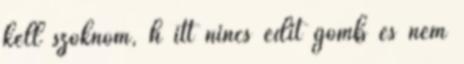
kell szoknom, h itt nincs edit gomb és nem